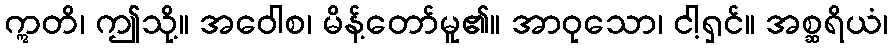
ဣတိ၊ ဤသို့။ အဝေါစ၊ မိန့်တော်မူ၏။ အာဝုသော၊ ငါ့ရှင်။ အစ္ဆရိယံ၊